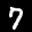
Label: 7